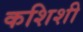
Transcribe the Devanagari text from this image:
कशिशी